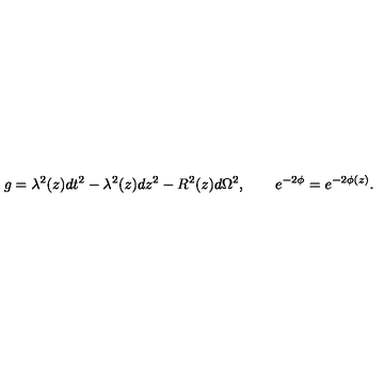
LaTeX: g = \lambda ^ { 2 } ( z ) d t ^ { 2 } - \lambda ^ { 2 } ( z ) d z ^ { 2 } - R ^ { 2 } ( z ) d \Omega ^ { 2 } , \qquad e ^ { - 2 \phi } = e ^ { - 2 \phi ( z ) } .